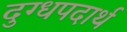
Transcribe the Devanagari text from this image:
दुग्धपदार्थ